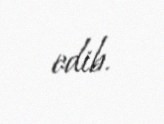
edib.